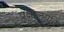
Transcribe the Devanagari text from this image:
प्रक्षालयति